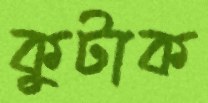
কুটাক